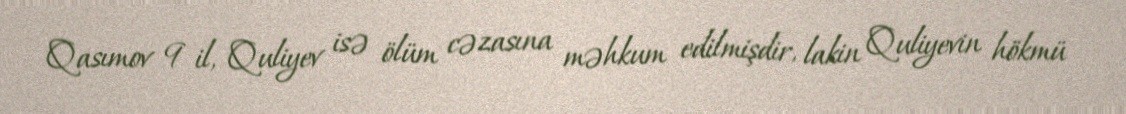
Qasımov 9 il, Quliyev isə ölüm cəzasına məhkum edilmişdir, lakin Quliyevin hökmü